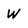
Character: w